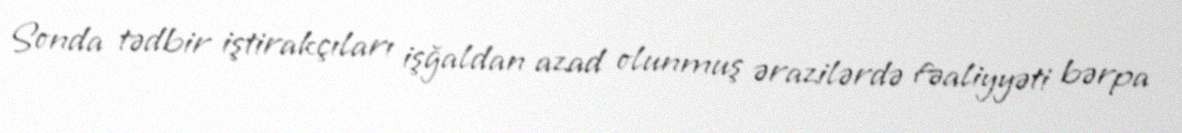
Sonda tədbir iştirakçıları işğaldan azad olunmuş ərazilərdə fəaliyyəti bərpa